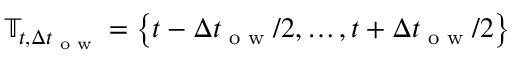
\mathbb { T } _ { t , \Delta t _ { \textrm { o w } } } = \left\{ t - \Delta t _ { \textrm { o w } } / 2 , \ldots , t + \Delta t _ { \textrm { o w } } / 2 \right\}